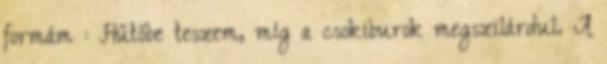
formám : Hűtőbe teszem, míg a csokiburok megszilárdul. A